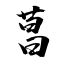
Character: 菖